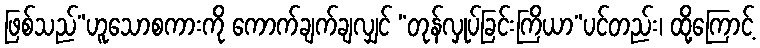
ဖြစ်သည်”ဟူသောစကားကို ကောက်ချက်ချလျှင် “တုန်လှုပ်ခြင်းကြိယာ”ပင်တည်း၊ ထို့ကြောင့်